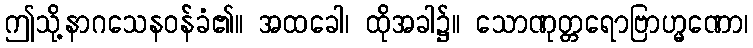
ဤသို့နာဂသေနဝန်ခံ၏။ အထခေါ၊ ထိုအခါ၌။ သောဏုတ္တရောဗြာဟ္မဏော၊